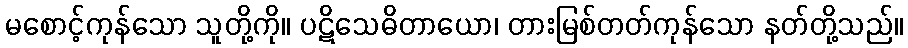
မစောင့်ကုန်သော သူတို့ကို။ ပဋိသေဓိတာယော၊ တားမြစ်တတ်ကုန်သော နတ်တို့သည်။